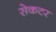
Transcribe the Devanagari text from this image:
सेकटर